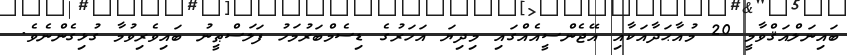
ބައިނަލްއަޤްވާމީ 20 މުއާޙަދާއަކާއި އޭޖެންސީއެއްގައި މިދިޔަ އަހަރުގެ ޑިސެމްބަރުމަހު ފަލަސްޠީނު ބައިވެރިވުމާ ގުޅިގެންނެވެ.